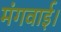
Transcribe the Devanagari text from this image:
मंगवाई।